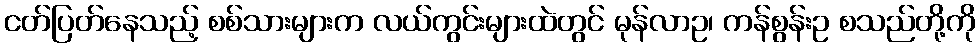
ငတ်ပြတ်နေသည့် စစ်သားများက လယ်ကွင်းများထဲတွင် မုန်လာဥ၊ ကန်စွန်းဥ စသည်တို့ကို